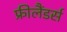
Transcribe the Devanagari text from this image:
फ्रीलैंडर्स